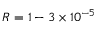
R = 1 - 3 \times 1 0 ^ { - 5 }